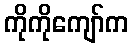
ကိုကိုကျော်က